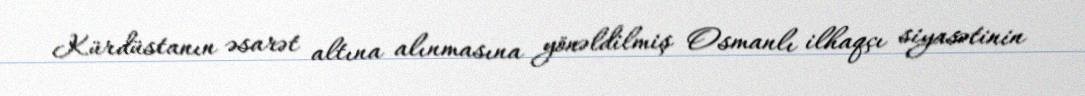
Kürdüstanın əsarət altına alınmasına yönəldilmiş Osmanlı ilhaqçı siyasətinin